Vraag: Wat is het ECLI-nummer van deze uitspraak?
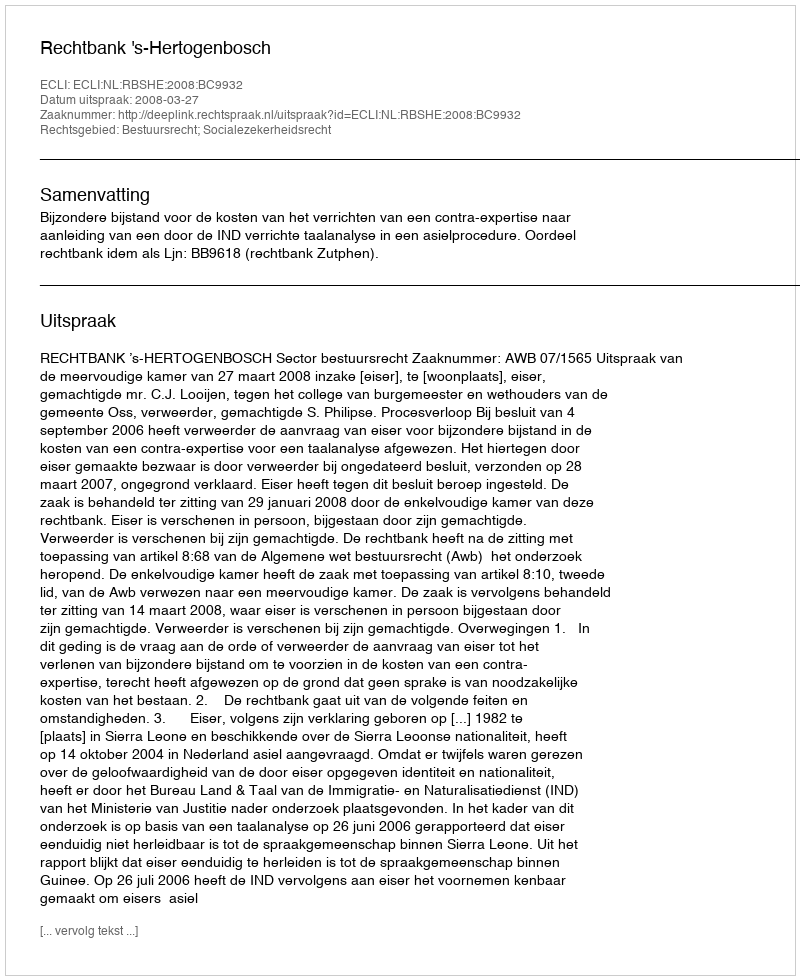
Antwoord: ECLI:NL:RBSHE:2008:BC9932